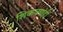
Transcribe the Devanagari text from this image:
शिकवणंही